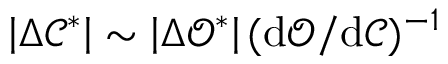
\left| \Delta \mathcal { C } ^ { * } \right| \sim \left| \Delta \mathcal { O } ^ { * } \right| ( \mathrm { d } \mathcal { O } / \mathrm { d } \mathcal { C } ) ^ { - 1 }